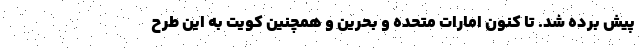
پیش برده شد. تا کنون امارات متحده و بحرین و همچنین کویت به این طرح